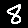
Digit: 8